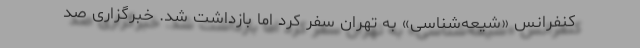
کنفرانس «شیعه‌شناسی» به تهران سفر کرد اما بازداشت شد. خبرگزاری صد